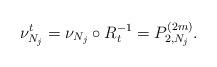
LaTeX: \begin{align*}\nu_{N_j}^t = \nu_{N_j}\circ R_t^{-1} = P^{(2m)}_{2, N_j} .\end{align*}